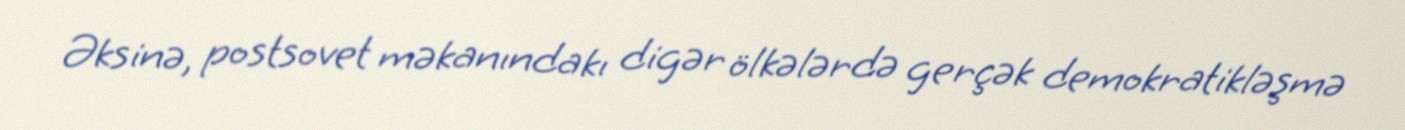
Əksinə, postsovet məkanındakı digər ölkələrdə gerçək demokratikləşmə